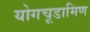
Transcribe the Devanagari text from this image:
योगचूडामिण